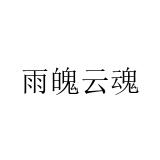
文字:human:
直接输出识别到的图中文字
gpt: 雨魄云魂